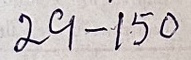
29 - 70